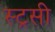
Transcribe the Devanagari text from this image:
स्ट्रसी